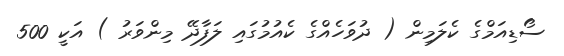
ސޯޑިއަމްގެ ކެލަމިން ( ދުވަހެއްގެ ކެއުމުގައި ލަފާދޭ މިންވަރު ) އަކީ 500